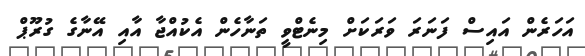
އަހަރެން އައިސް ފަނަރަ ވަރަކަށް މިނެޓްވީ ތަނާހެން އެކުއްޖާ އާއި އޭނާގެ ގުރޫޕް